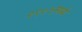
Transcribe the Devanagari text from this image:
२९०५मध्ये